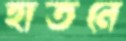
হাতনে